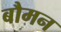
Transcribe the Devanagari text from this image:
बौमन